Indian journal of veterinary science and animal husbandry - Volumes 22-23, 1952-1953
Year: 1952
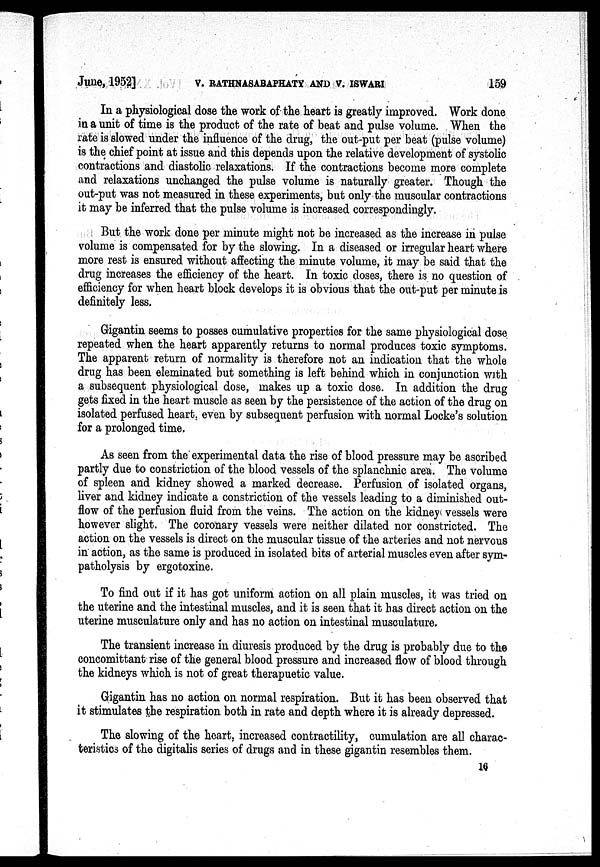
June, 1952]
V.
RATHNASABAPHATY
AND
V.
ISWARI
159
In a physiological dose the work of the heart is greatly improved. Work done
in a unit of time is the product of the rate of beat and pulse volume. When the
rate is slowed under the influence of the drug, the out-put per beat (pulse volume)
is the chief point at issue and this depends upon the relative development of systolic
contractions and diastolic relaxations. If the contractions become more complete
and relaxations unchanged the pulse volume is naturally greater. Though the
out-put was not measured in these experiments, but only the muscular contractions
it may be inferred that the pulse volume is increased correspondingly.
But the work done per minute might not be increased as the increase in pulse
volume is compensated for by the slowing. In a diseased or irregular heart where
more rest is ensured without affecting the minute volume, it may be said that the
drug increases the efficiency of the heart. In toxic doses, there is no question of
efficiency for when heart block develops it is obvious that the out-put per minute is
definitely less.
Gigantin seems to posses cumulative properties for the same physiological dose
repeated when the heart apparently returns to normal produces toxic symptoms.
The apparent return of normality is therefore not an indication that the whole
drug has been eleminated but something is left behind which in conjunction with
a subsequent physiological dose, makes up a toxic dose. In addition the drug
gets fixed in the heart muscle as seen by the persistence of the action of the drug on
isolated perfused heart, even by subsequent perfusion with normal Locke's solution
for a prolonged time.
As seen from the experimental data the rise of blood pressure may be ascribed
partly due to constriction of the blood vessels of the splanchnic area. The volume
of spleen and kidney showed a marked decrease. Perfusion of isolated organs,
liver and kidney indicate a constriction of the vessels leading to a diminished out-
flow of the perfusion fluid from the veins. The action on the kidney vessels were
however slight. The coronary vessels were neither dilated nor constricted. The
action on the vessels is direct on the muscular tissue of the arteries and not nervous
in action, as the same is produced in isolated bits of arterial muscles even after sym-
patholysis by ergotoxine.
To find out if it has got uniform action on all plain muscles, it was tried on
the uterine and the intestinal muscles, and it is seen that it has direct action on the
uterine musculature only and has no action on intestinal musculature.
The transient increase in diuresis produced by the drug is probably due to the
concomittant rise of the general blood pressure and increased flow of blood through
the kidneys which is not of great therapuetic value.
Gigantin has no action on normal respiration. But it has been observed that
it stimulates the respiration both in rate and depth where it is already depressed.
The slowing of the heart, increased contractility, cumulation are all charac-
teristics of the digitalis series of drugs and in these gigantin resembles them.
16